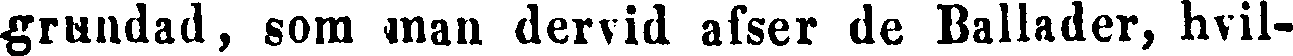
grundad, som man dervid afser de Ballader, hvil-